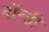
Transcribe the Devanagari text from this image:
बॉन्डी